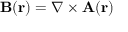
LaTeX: \mathbf { B } ( \mathbf { r } ) = { \boldsymbol { \nabla } } \times \mathbf { A } ( \mathbf { r } )